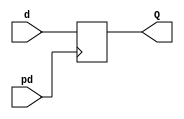
//Serial Reception System
//Data Latch



module SRSystem_DL(pd,d,Q);
input wire pd;
input wire [7:0] d;
output reg [7:0] Q;

always@(posedge pd)
Q<=d;


endmodule